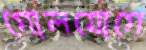
গোলযোগে